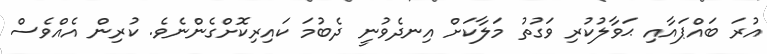
އުރަ ބައްޕައާއި ޙަވާލުކުރި ވަގުތު މަލާކަށް އިނދެވުނީ ދެބުމަ ކައިރިކޮށްގެންނެވެ. ކުރިން އެއްވެސް